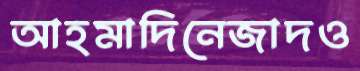
আহমাদিনেজাদও